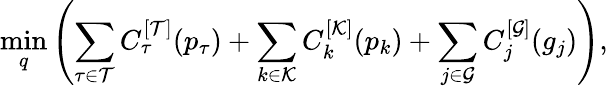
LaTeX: \operatorname*{min}_{q}\left(\sum_{\tau\in\mathcal{T}}C_{\tau}^{[\mathcal{T}]}(p_{\tau})+\sum_{k\in\mathcal{K}}C_{k}^{[\mathcal{K}]}(p_{k})+\sum_{j\in\mathcal{G}}C_{j}^{[\mathcal{G}]}(g_{j})\right),